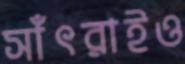
সাঁৎরাইও